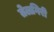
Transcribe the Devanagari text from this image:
तेलगिरी